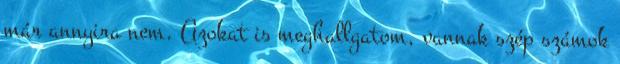
már annyira nem. Azokat is meghallgatom, vannak szép számok